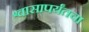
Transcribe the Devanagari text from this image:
श्वासापर्यंतचा